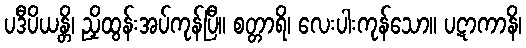
ပဒီပိယန္တိ၊ ညှိထွန်းအပ်ကုန်ပြီ။ စတ္တာရိ၊ လေးပါးကုန်သော။ ပဋာကာနိ၊